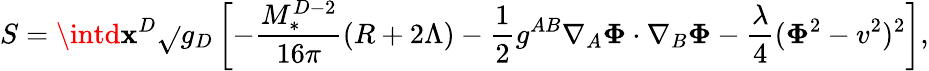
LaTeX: S=\intd\mathbf{x}^{D}\sqrt{}{{g_{D}}}\left[-\frac{{M_{*}^{D-2}}}{{16\pi}}(R+2\Lambda)-\frac{1}{2}g^{AB}\nabla_{A}{\mathbf{\Phi}}\cdot\nabla_{B}{\mathbf{\Phi}}-\frac{{\lambda}}{{4}}({\mathbf{\Phi}}^{2}-v^{2})^{2}\right],